NAE_kihelkonnakohtute_kirjad_ja_protokollid_1869-1889, lk 3
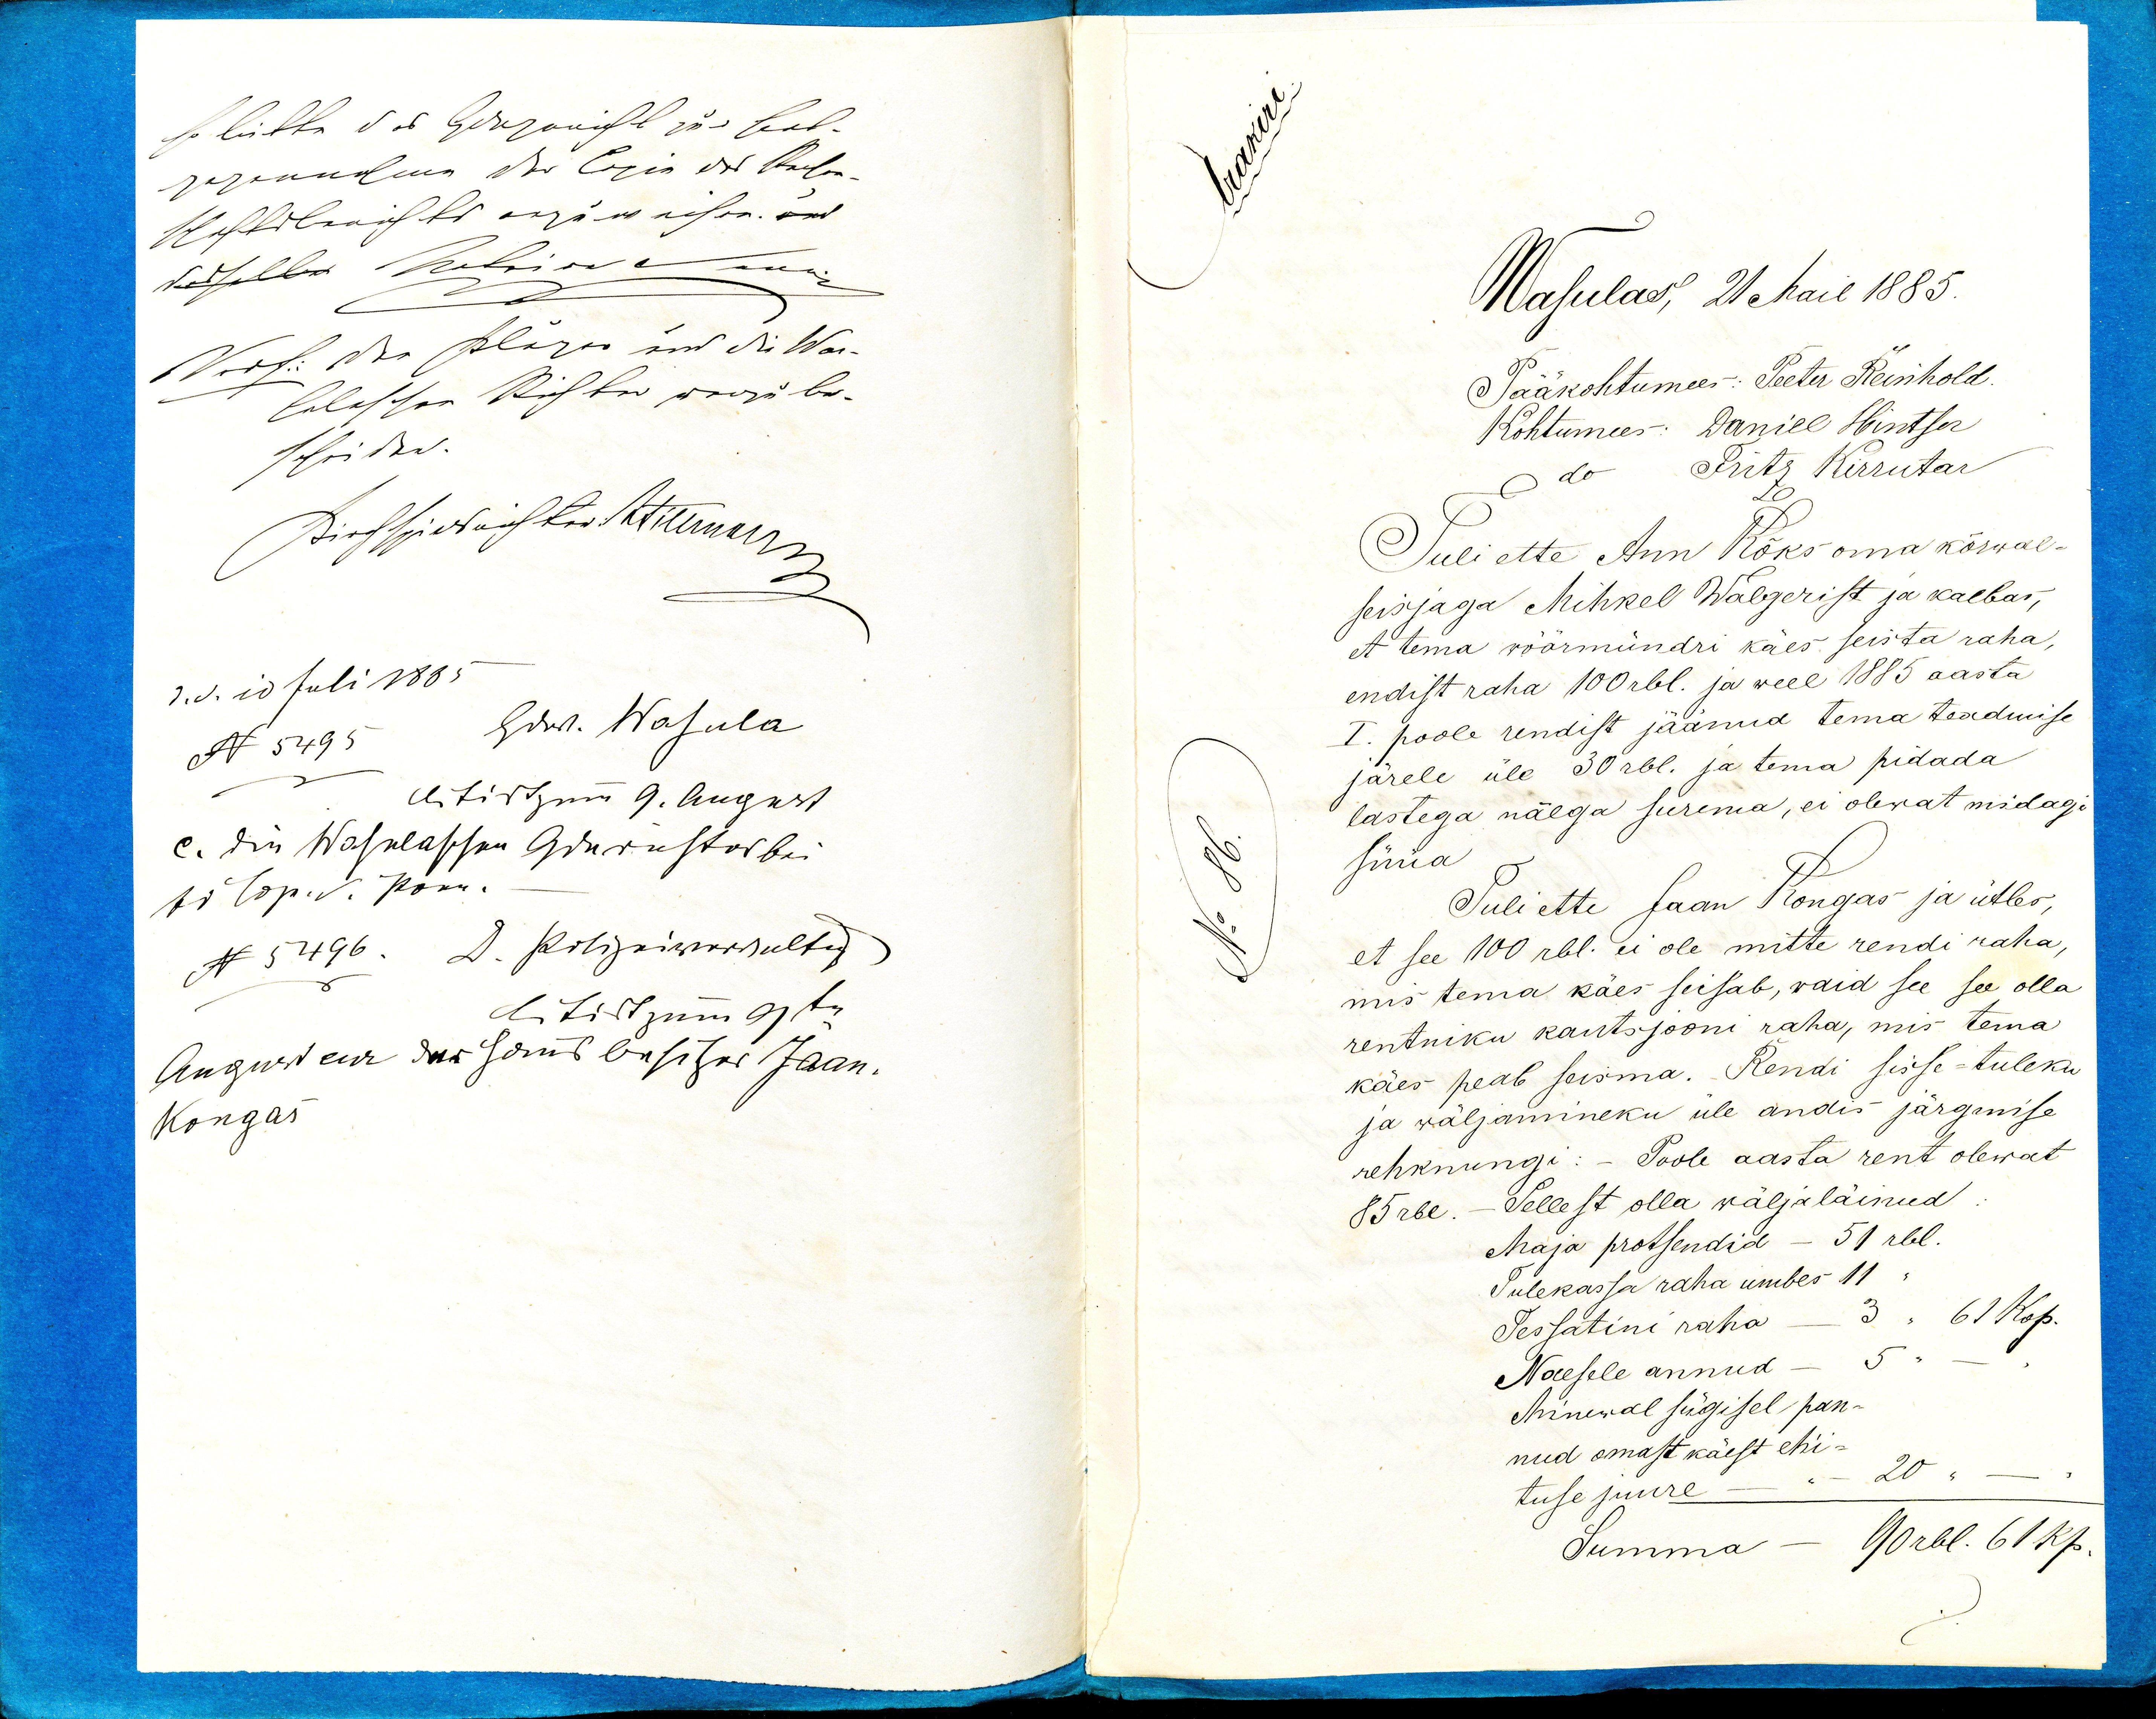
Wasulas 21 Mail 1885.
Pääkohtumees: Peeter Reinhold.
Kohtumees: Daniel Hintser
Pritz Kirrutar
do
Tuli ette Ann Kõks oma kõrwal-
seisjaga Mihkel Walgerist ja kaebas,
et tema wöörmündri käes seista raha,
endist raha 100rbl. ja weel 1885 aasta
I. poole rendist jäänud tema teadmise
järele üle 30rbl. ja tema pidada
lastega nälga surema, ei olewat midagi
süüa
Tuli ette Jaan Kongas ja ütles,
et see 100 rbl. ei ole mitte rendi raha,
mis tema käes seisab, waid see see olla
rentniku kautsjooni raha, mis tema
käes peab seisma. Rendi sisse-tuleku
ja wäljamineku üle andis järgmise
rehknungi: - Poole aasta rent olewat
85 rbl. Sellest olla wäljaläinud.
Maja protsendid - 51 rbl.
Tulekassa raha umbes 11
61 Kop.
Tessatini raha
Naesele annud
Minewal sügisel pan-
nud omast käest ehi-
20
tuse juure
90 rbl 61 Kp.
Summa